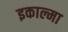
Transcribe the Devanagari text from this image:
इकाल्मा